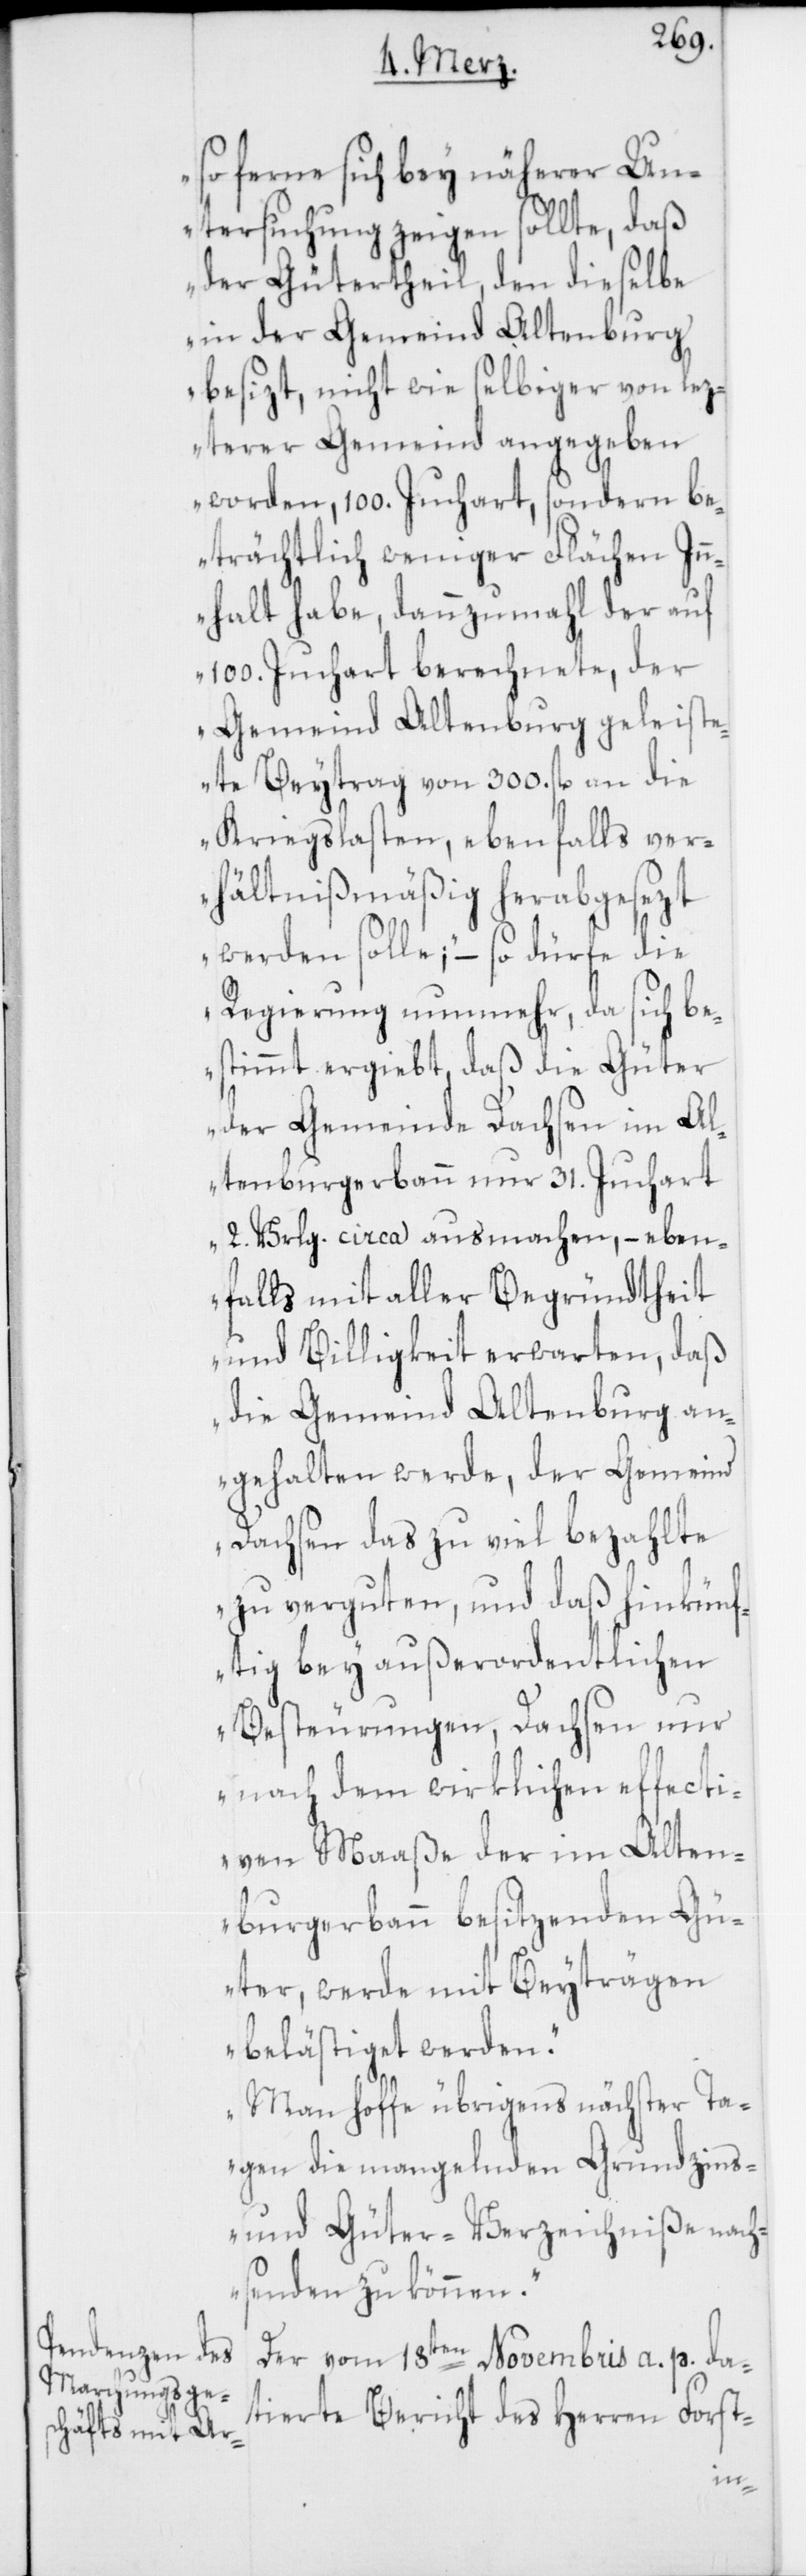
so ferne sich bey näherer Un¬
tersuchung zeigen sollte, daß
der Gütertheil, den dieselbe
in der Gemeind Altenburg
besizt, nicht wie selbiger von lez¬
terer Gemeind angegeben
worden, 100. Juchart, sondern be¬
trächtlich weniger Flächen In¬
nhalt habe, dannzumahl der auf
100. Juchart berechnete, der
Gemeind Altenburg geleiste¬
te Beytrag von 300. fl. an die
Kriegslasten, ebenfalls ver¬
hältnißmäßig herabgesezt
werden solle; – so dürfe die
Regierung nunmehr, da sich be¬
stimmt ergiebt, daß die Güter
der Gemeinde Dachsen im Al¬
tenburgerbann nur 31. Juchart
2. Vrlg. circa ausmachen, – eben¬
falls mit aller Begründtheit
und Billigkeit erwarten, daß
die Gemeind Altenburg an¬
gehalten werde, der Gemeind
Dachsen das zu viel bezahlte
zu verguten, und daß hinkünf¬
tig bey außerordentlichen
Besteurungen, Dachsen nur
nach dem wirklichen effecti¬
ven Maaße der im Alten¬
burgerbann besitzenden Gü¬
ter, werde mit Beyträgen
belästiget werden.
Man hoffe übrigens nächster Ta¬
gen die mangelnden Grundzins-
und Güter-Verzeichniße nach¬
senden zu können.“
Der vom 18ten Novembris a. p. da¬
tierte Bericht des Herren Forst-